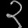
Digit: ၃